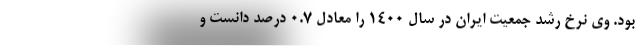
بود. وی نرخ رشد جمعیت ایران در سال ۱۴۰۰ را معادل ۰.۷ درصد دانست و